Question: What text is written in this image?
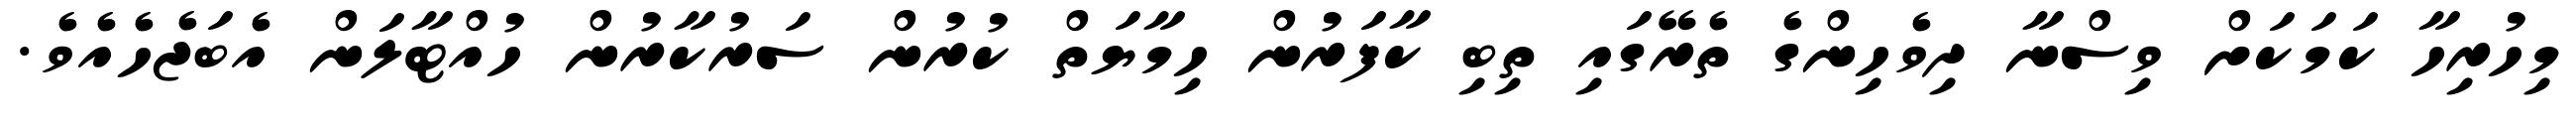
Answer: މިހުރިހާ ކަމަކަށް ވިސްނާ ދިވެހިންގެ ތެރޭގައި ތިބި ކާފަރުން ހިމާޔަތް ކުރުން ސަރުކާރުން ހުއްޓާލަން އެބަޖެހެއެވެ.